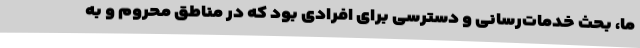
ما، بحث خدمات‌رسانی و دسترسی برای افرادی بود که در مناطق محروم و به